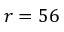
r = 5 6